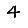
Digit: 4